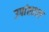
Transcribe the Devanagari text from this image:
उपांतराल